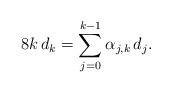
LaTeX: \begin{align*}8k\, d_k = \sum_{j=0}^{k-1} \alpha_{j,k}\,d_j.\end{align*}